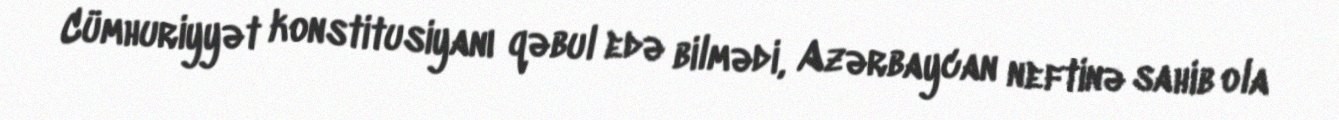
Cümhuriyyət konstitusiyanı qəbul edə bilmədi, Azərbaycan neftinə sahib ola